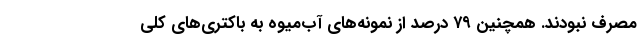
مصرف نبودند. همچنین ۷۹ درصد از نمونه‌های آب‌میوه به باکتری‌های کلی